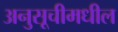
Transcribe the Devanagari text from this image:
अनुसूचीमधील